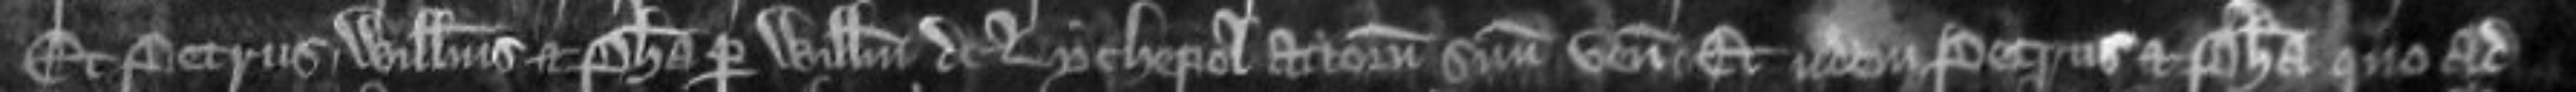
Et Petrus Willemus et Phillipa per Willelmum de Lychepol attornatum suum veniunt Et iidem Petrus et Phillipa quo ad